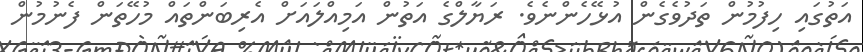
އަތުގައި ހިފުމުން ތަދުވެގެން އުޅޭހެންނެވެ. ރަޔާލްގެ އަތުން އަމިއްލައަށް އެރިބަންތައް މުހޭތަން ފެނުމުން